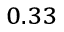
_ { 0 . 3 3 }